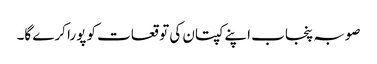
صوبہ پنجاب اپنے کپتان کی توقعات کو پورا کرے گا۔